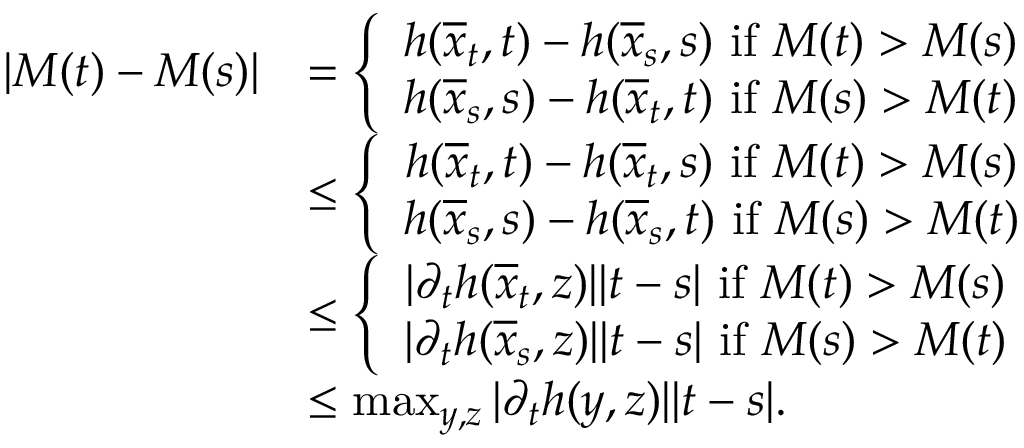
\begin{array} { r l } { \left| M ( t ) - M ( s ) \right| } & { = \left\{ \begin{array} { c c } { h ( \overline { { x } } _ { t } , t ) - h ( \overline { { x } } _ { s } , s ) \mathrm { ~ i f ~ } M ( t ) > M ( s ) } \\ { h ( \overline { { x } } _ { s } , s ) - h ( \overline { { x } } _ { t } , t ) \mathrm { ~ i f ~ } M ( s ) > M ( t ) } \end{array} \right. } \\ & { \leq \left\{ \begin{array} { c c } { h ( \overline { { x } } _ { t } , t ) - h ( \overline { { x } } _ { t } , s ) \mathrm { ~ i f ~ } M ( t ) > M ( s ) } \\ { h ( \overline { { x } } _ { s } , s ) - h ( \overline { { x } } _ { s } , t ) \mathrm { ~ i f ~ } M ( s ) > M ( t ) } \end{array} \right. } \\ & { \leq \left\{ \begin{array} { c c } { | \partial _ { t } h ( \overline { { x } } _ { t } , z ) | | t - s | \mathrm { ~ i f ~ } M ( t ) > M ( s ) } \\ { | \partial _ { t } h ( \overline { { x } } _ { s } , z ) | | t - s | \mathrm { ~ i f ~ } M ( s ) > M ( t ) } \end{array} \right. } \\ & { \leq \operatorname* { m a x } _ { y , z } | \partial _ { t } h ( y , z ) | | t - s | . } \end{array}